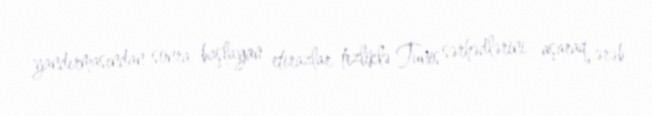
yandırmasından sonra başlayan etirazlar tezliklə Tunis sərhədlərini aşaraq ərəb